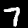
Digit: 7